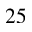
2 5